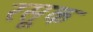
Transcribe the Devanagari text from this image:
रसूक